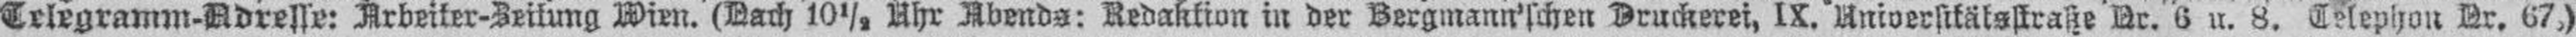
Telegramm-Adresse: Arbeiter-Zeitung Wien. (Dach 10½, Uhr Abends: Redaktion in der Bergmann'schen Druckerei, IX. Universitätstraße Nr. 6 u. 8. Telephon Nr. 67,)